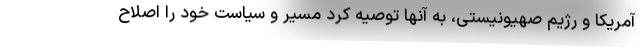
آمریکا و رژیم صهیونیستی، به آنها توصیه کرد مسیر و سیاست خود را اصلاح